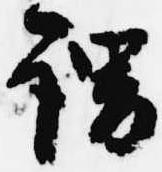
謂